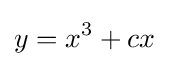
y=x^{3}+cx